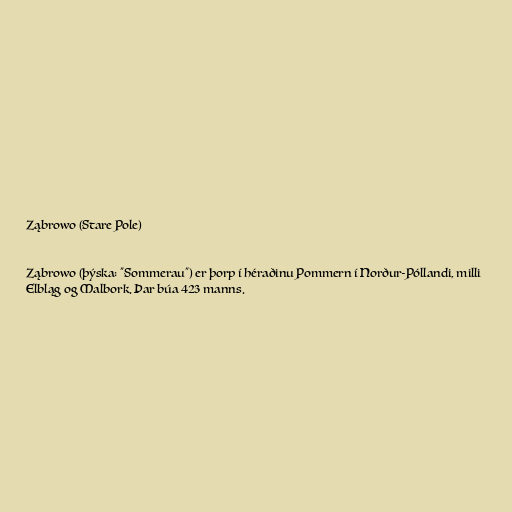
Ząbrowo (Stare Pole)

Ząbrowo (þýska: "Sommerau") er þorp í héraðinu Pommern í Norður-Póllandi, milli
Elbląg og Malbork. Þar búa 423 manns.